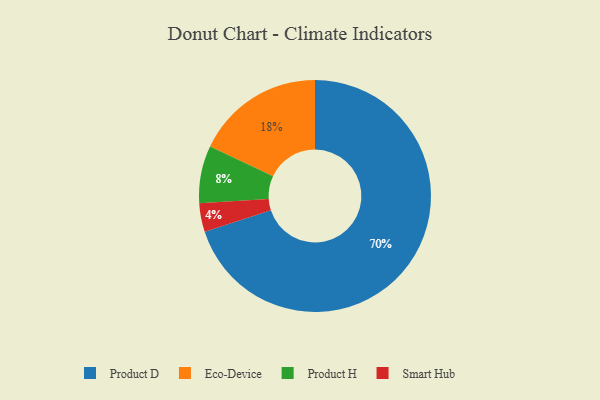
{"axis": {"x": "Category", "y": "Percentage"}, "legend": ["Eco-Device", "Product D", "Product H", "Smart Hub"], "data": [{"x": "Product D", "y": 70, "type": "Product D"}, {"x": "Eco-Device", "y": 18, "type": "Eco-Device"}, {"x": "Smart Hub", "y": 4, "type": "Smart Hub"}, {"x": "Product H", "y": 8, "type": "Product H"}]}